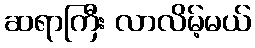
ဆရာကြီး လာလိမ့်မယ်